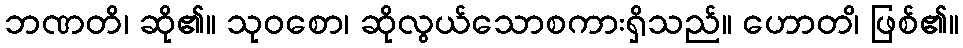
ဘဏတိ၊ ဆို၏။ သုဝစော၊ ဆိုလွယ်သောစကားရှိသည်။ ဟောတ၊ိ ဖြစ်၏။